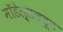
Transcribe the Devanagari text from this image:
मॉडेल्सकडून